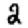
Digit: 2